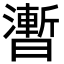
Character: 𣋫